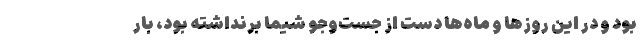
بود و در این روز‌ها و ماه‌ها دست از جست‌وجو شیما برنداشته بود، بار